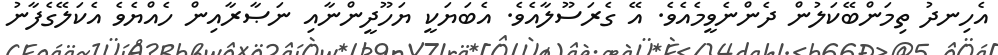
އެހިނދު ތިމަންބޭކަލުން ދެންނެވީމެއެވެ. އޭ ގެރަސޫލާއެވެ. އެބަޔަކީ ޔަހޫދީންނާއި ނަޞާރާއިން ހެއްޔެވެ އެކަލޭގެފާނު